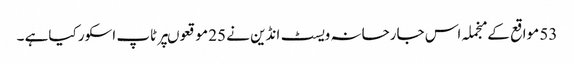
53 مواقع کے منجملہ اس جارحانہ ویسٹ انڈین نے 25 موقعوںپر ٹاپ اسکور کیاہے ۔